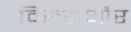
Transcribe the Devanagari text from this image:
विरुद्धऔर